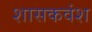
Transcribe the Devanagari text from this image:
शासकवंश